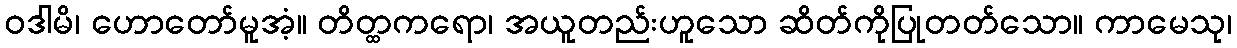
ဝဒါမိ၊ ဟောတော်မူအံ့။ တိတ္ထကရော၊ အယူတည်းဟူသော ဆိတ်ကိုပြုတတ်သော။ ကာမေသု၊